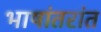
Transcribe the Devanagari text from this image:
भाषांतरांत